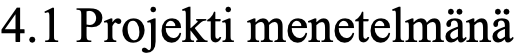
4.1 Projekti menetelmänä